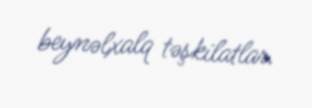
beynəlxalq təşkilatlar.